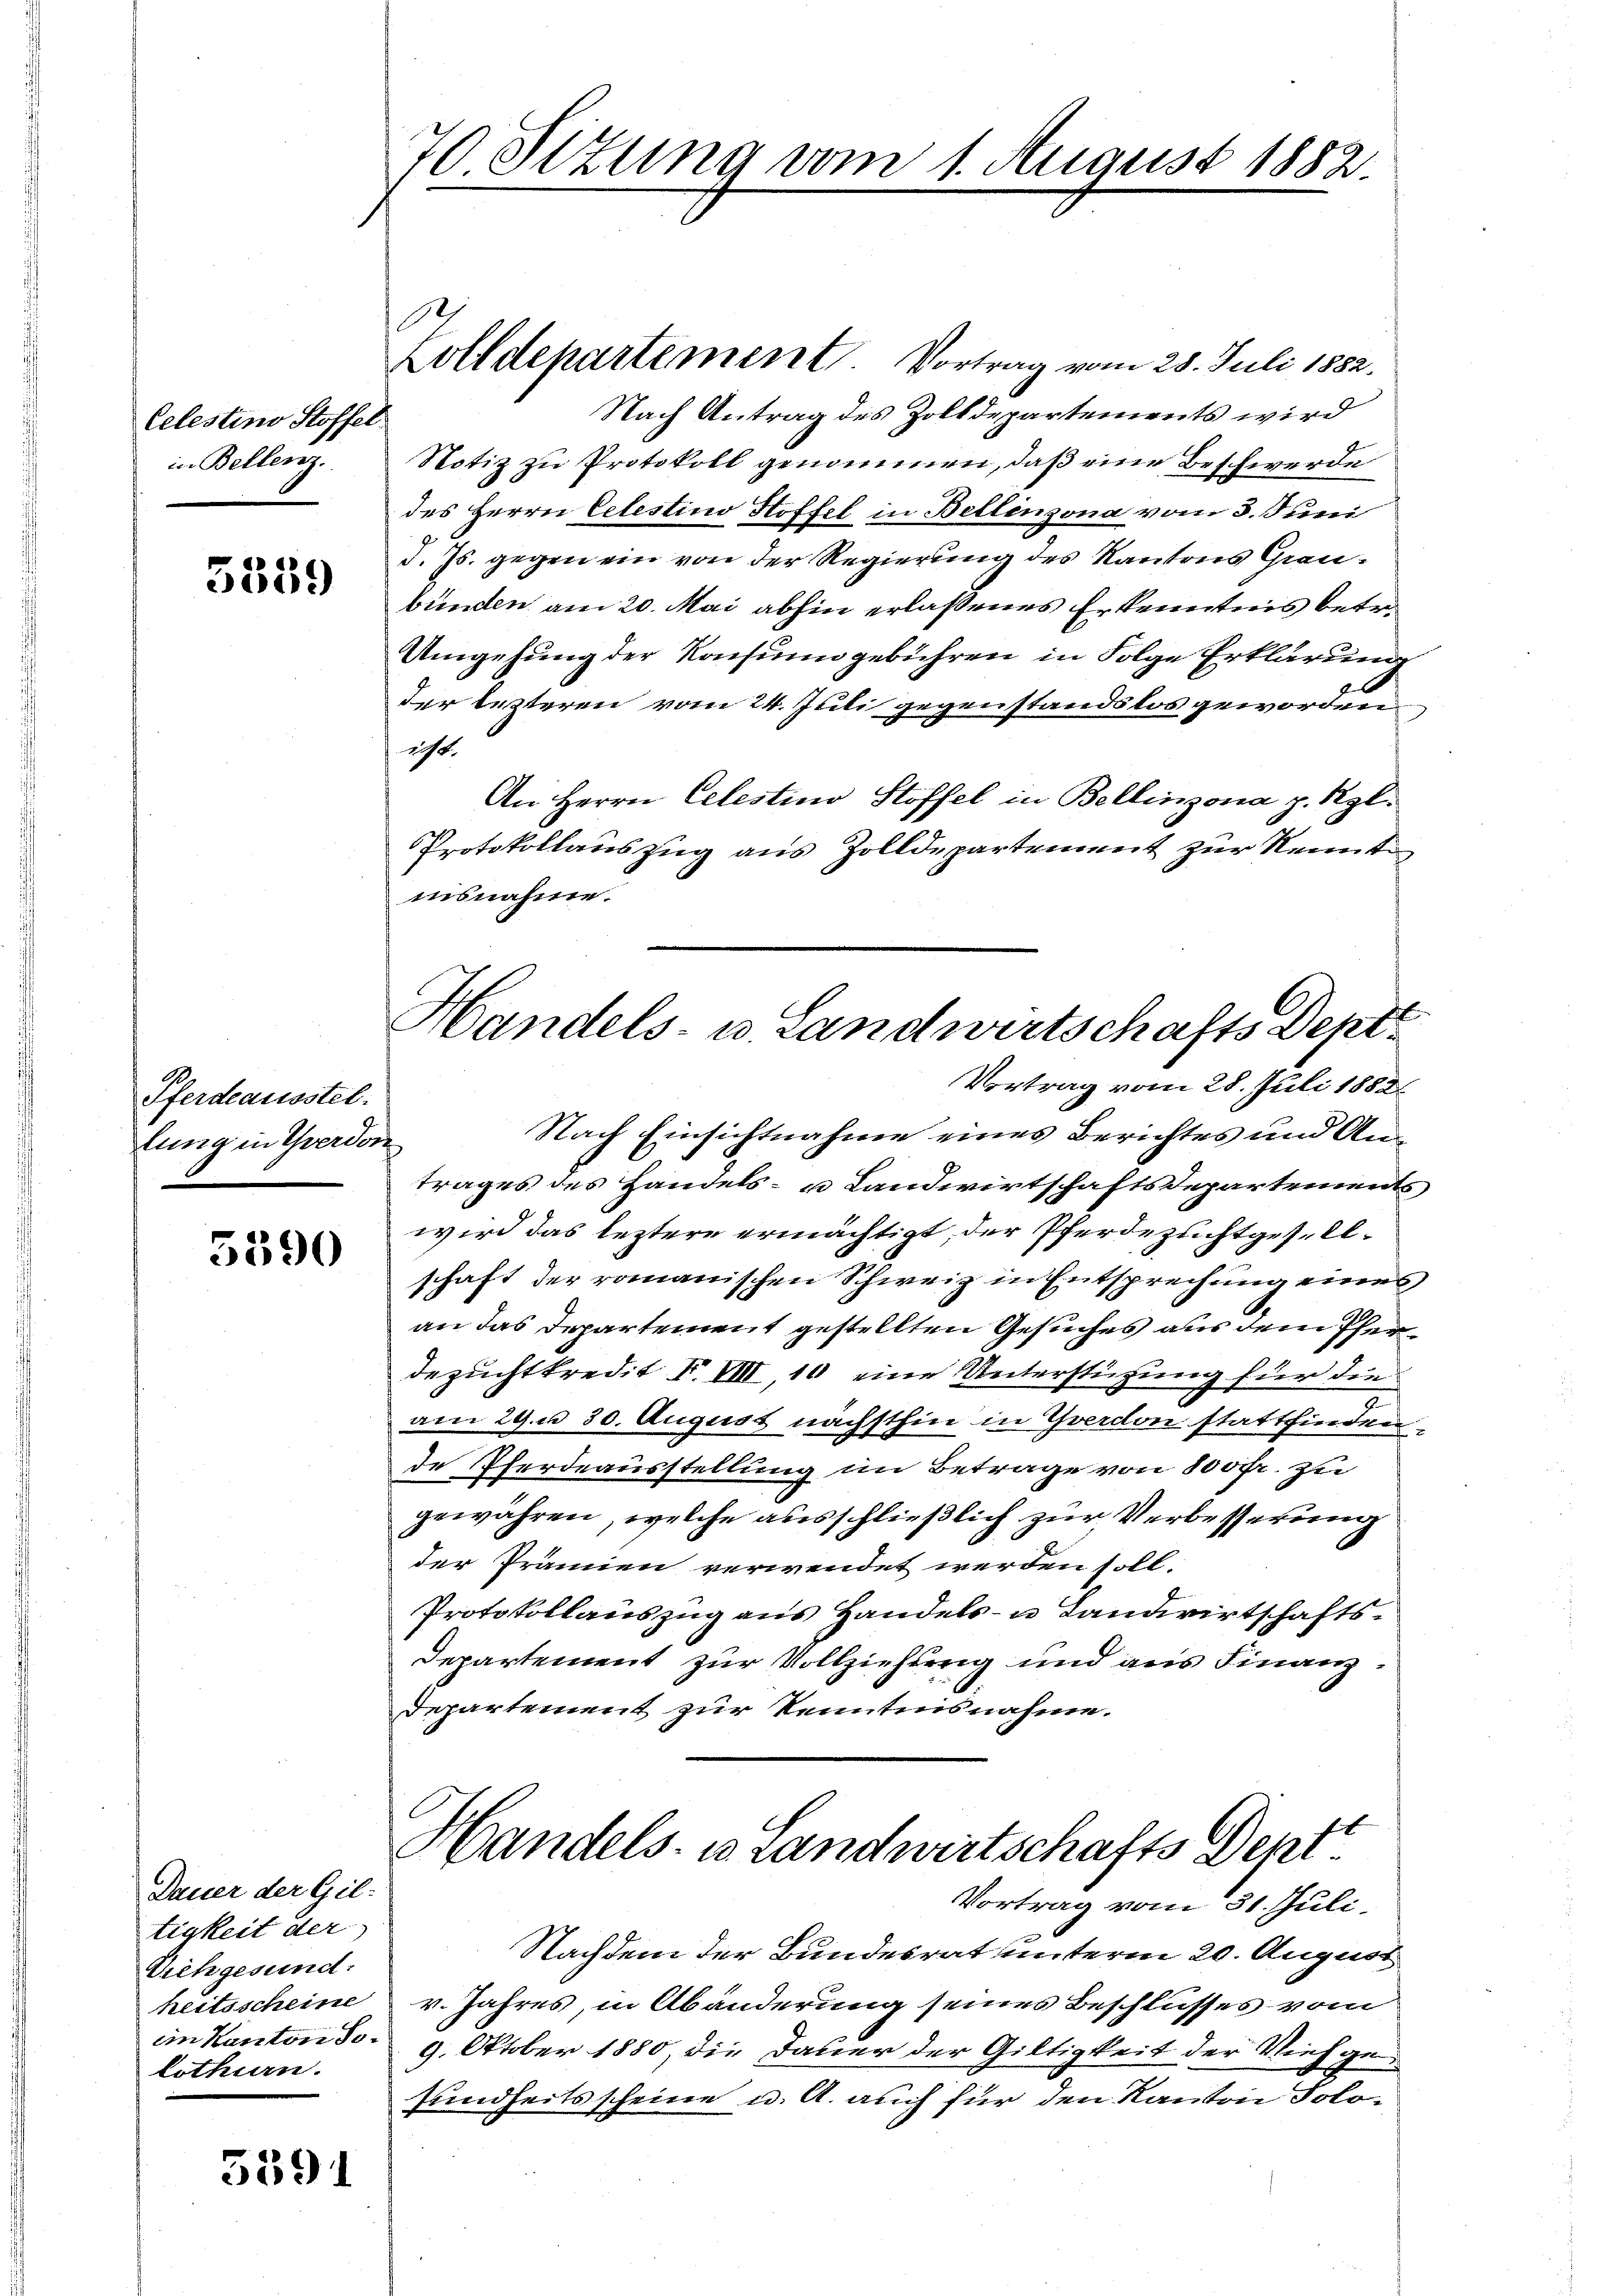
Celestino Stoffer
in Bellenz.

5559

Pferdeausstel
lung in Yverdon

5390

Dauer der Giltigkeit der
Vichgesund.
heitsscheine
lothurn.

5391

70 Sizung vom 1. August 1882.

Handels- u. Landwirtschafts Dept.

Zolldepartement Vortrag vom 28. Juli 1882.
Nach Antrag des Zolldepartements wird
Notiz zu Protokoll genommen, daß eine Beschwerde
des Herrn Celestins Hoffel in Bellinzona vom 3. Juni
d. Js. gegen ein von der Regierung des Kantons Graubünden am 20. Mai abhin erlassenes Erkenntnis betr.
Umgehung der Konsungebühren in Folge Erklärung
der lezteren vom 24. Juli gegenstandslos geworden
icht.
An Herrn Celestino Stoffel in Bellinzona p. Kgl.
Protokollauszug aus Zolldepartement zur Kennt
isnahme.
Vortrag vom 28. Juli 1882
Nach Einsichtnahme eines Berichtes und Antrages des Handels- u Landwirtschaftsdepartements
wird das leztere ermächtigt, der Pferdezuchtgesellschaft der romanischen Schweiz in Entsprechung eines
an das Departement gestellten Gesuches aus dem Pferdezuchtkredit F. VIII, 10 eine Unterstüzung für die
e
2
am 29. u 30. August nächsthin in Yverdon stattfinden.
de Pferdeausstellung im Betrage von 800fr. zu
gewähren, welche ausschließlich zur Verbesserung
der Prämien verwendet werden soll.
Protokollauszug aus Handels- u Landwirtschafts¬
Departement zur Vollziehung und aus Finanz¬
Departement zur Kenntnisnahme.
Handels- u Landwirtschafts Dent
Vortrag vom 31. Juli.
Nachdem der Bundesrat unterm 20. August
v. Jahres, in Abänderung seines Beschlusses vom
in Kanton so. 9. Oktober 1880, die Dauer der Giltigkeit der Vieh gesundheitsscheine u. A. auch für den Kanton Solo¬